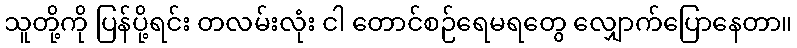
သူတို့ကို ပြန်ပို့ရင်း တလမ်းလုံး ငါ တောင်စဉ်ရေမရတွေ လျှောက်ပြောနေတာ။